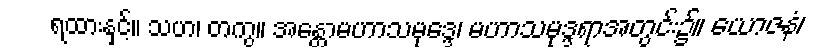
ရထားနှင့်။ သဟ၊ တကွ။ အန္တောမဟာသမုဒ္ဒေ၊ မဟာသမုဒ္ဒရာအတွင်း၌။ ယောဇနံ၊